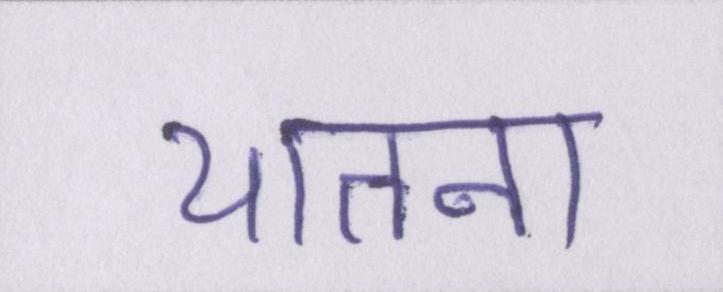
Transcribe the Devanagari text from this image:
यातना